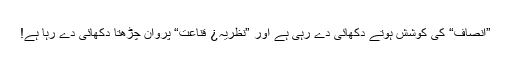
”انصاف“ کی کوشش ہوتے دکھائی دے رہی ہے اور ”نظریہ¿ قناعت“ پروان چڑھتا دکھائی دے رہا ہے!